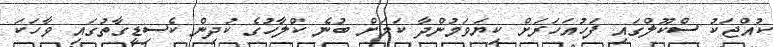
ކުއްޖަކު ސްކޫލްގައި ފަހުއަހަރަށް ކިޔަވަމުންދާ ކަމަށް ބުނެ ކްލާހުގެ ކުދިން ކެސިޑީގާތުގައި ވާހަކަ